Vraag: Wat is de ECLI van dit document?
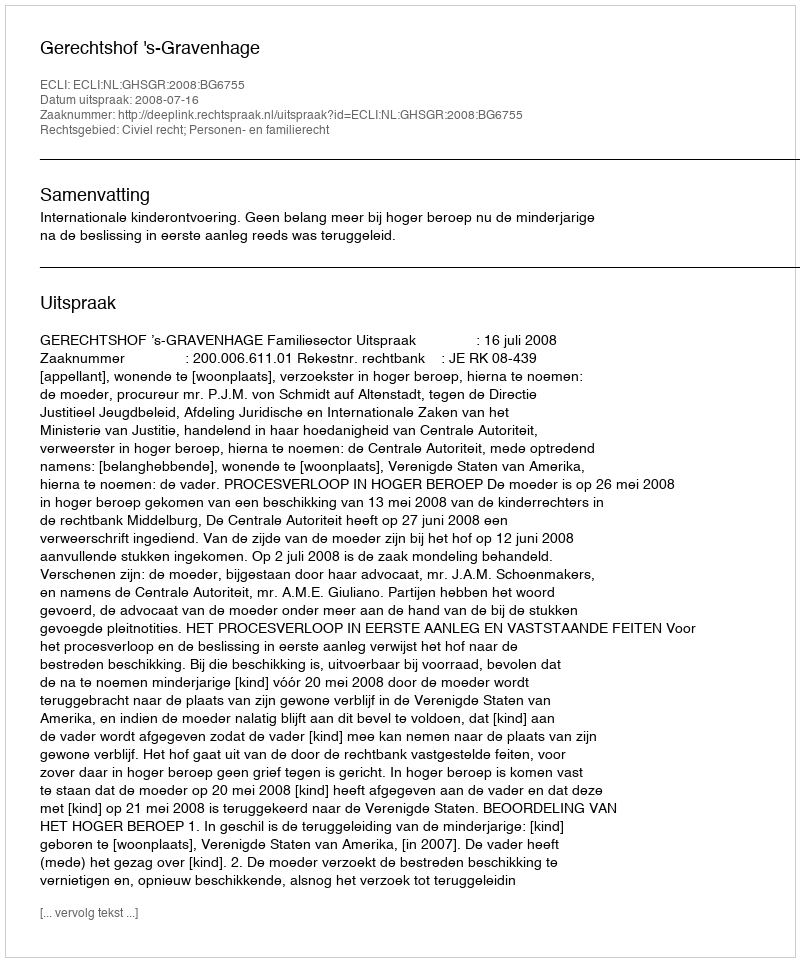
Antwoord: ECLI:NL:GHSGR:2008:BG6755